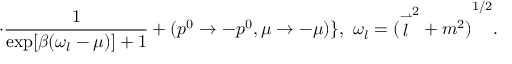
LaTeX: \cdot \frac { 1 } { \exp [ \beta ( \omega _ { l } - \mu ) ] + 1 } + ( p ^ { 0 } \to - p ^ { 0 } , \mu \to - \mu ) \} , \ \omega _ { l } = { ( { \stackrel { \rightharpoonup } { l } } ^ { 2 } + m ^ { 2 } ) } ^ { 1 / 2 } .